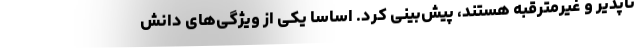
ناپذیر و غیرمترقبه هستند، پیش‌بینی کرد. اساساً یکی از ویژگی‌های دانش